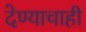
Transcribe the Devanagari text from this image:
देण्याचाही